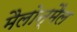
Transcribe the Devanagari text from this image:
मैलोन्‌मैल